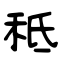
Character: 秪